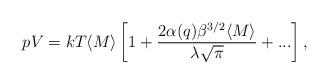
LaTeX: \begin{align*}pV=kT\langle M\rangle\left[1+\frac{2\alpha(q)\beta^{3/2}\langle M\rangle}{\lambda\sqrt{\pi}}+...\right],\end{align*}